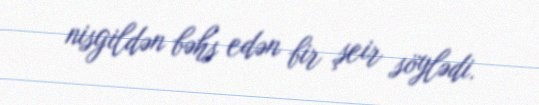
nisgildən bəhs edən bir şeir söylədi.